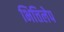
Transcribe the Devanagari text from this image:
भित्तिलेप